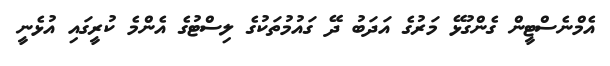
އެމްނެސްޓީން ގެންގުޅޭ މަރުގެ އަދަބު ދޭ ގައުމުތަކުގެ ލިސްޓުގެ އެންމެ ކުރީގައި އުޅެނީ